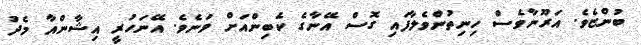
ބުންޏެވެ. އަރޫނާވެސް ހިނިތުންވެލާފައި ގޮސް އޭނާގެ ކެބިންއަށް ވަނެވެ. އޭނަހުރީ އިޝާންއާ މެދު